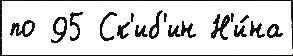
по 95 Ск'иб'ин Н'и́на